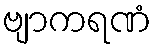
ဗျာကရဏံ